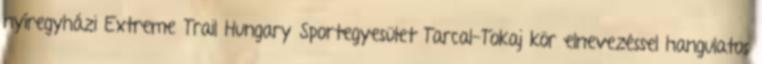
nyíregyházi Extreme Trail Hungary Sportegyesület Tarcal-Tokaj kör elnevezéssel hangulatos